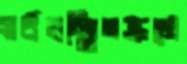
সর্বসম্মিতক্রমে